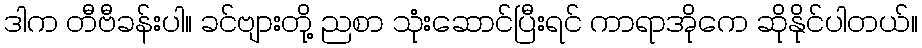
ဒါက တီဗီခန်းပါ။ ခင်ဗျားတို့ ညစာ သုံးဆောင်ပြီးရင် ကာရာအိုကေ ဆိုနိုင်ပါတယ်။